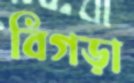
বিগড়া